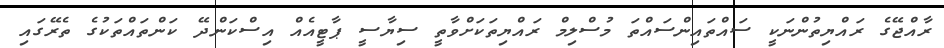
ރާއްޖޭގެ ރައްޔިތުންނަކީ ސައްތައިންސައްތަ މުސްލިމް ރައްޔިތަކަށްވާތީ ސިޔާސީ ޕާޓީއެއް އިސްކަންދޭ ކަންތައްތަކުގެ ތެރޭގައި